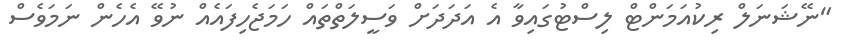
"ނޭޝަނަލް ރިކުއަމަންޓް ލިސްޓުގައިވާ އެ އަދަދަށް ވަސީލަތްތައް ހަމަޖެހިފައެއް ނުވޭ އެހެން ނަމަވެސް